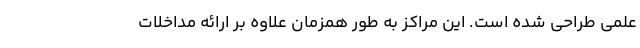
علمی طراحی شده است. این مراکز به طور همزمان علاوه بر ارائه مداخلات